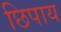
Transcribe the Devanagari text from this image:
छिपाय